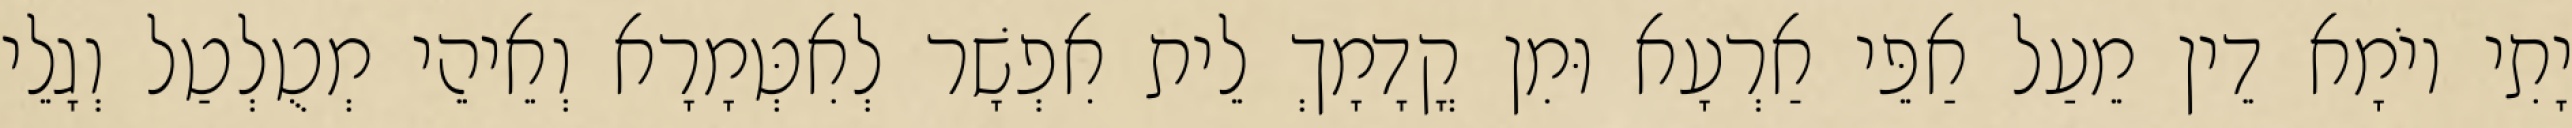
יָתִי יוֹמָא דֵין מֵעַל אַפֵּי אַרְעָא וּמִן קֳדָמָךְ לֵית אִפְשָׁר לְאִטְּמָרָא וְאֵיהֵי מְטֻלְטַל וְגָלֵי